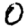
Digit: 0